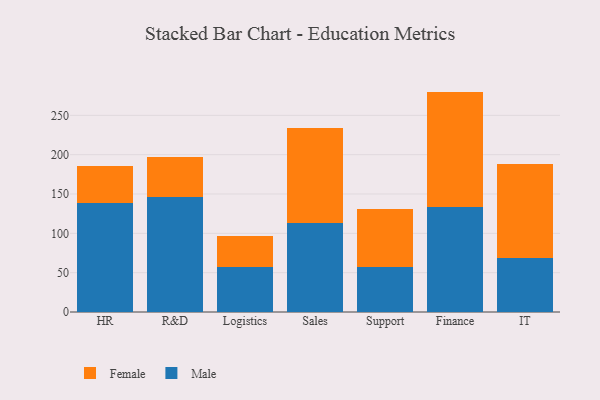
{"axis": {"x": "Department", "y": "Demand Index"}, "legend": ["Female", "Male"], "data": [{"x": "HR", "y": 138.6, "type": "Male"}, {"x": "HR", "y": 46.8, "type": "Female"}, {"x": "R&D", "y": 146.0, "type": "Male"}, {"x": "R&D", "y": 51.5, "type": "Female"}, {"x": "Logistics", "y": 57.6, "type": "Male"}, {"x": "Logistics", "y": 39.0, "type": "Female"}, {"x": "Sales", "y": 112.6, "type": "Male"}, {"x": "Sales", "y": 121.2, "type": "Female"}, {"x": "Support", "y": 56.6, "type": "Male"}, {"x": "Support", "y": 74.7, "type": "Female"}, {"x": "Finance", "y": 132.9, "type": "Male"}, {"x": "Finance", "y": 147.3, "type": "Female"}, {"x": "IT", "y": 69.2, "type": "Male"}, {"x": "IT", "y": 119.0, "type": "Female"}]}